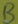
Text: B